Indian journal of veterinary science and animal husbandry - Volume 14,
Year: 1944
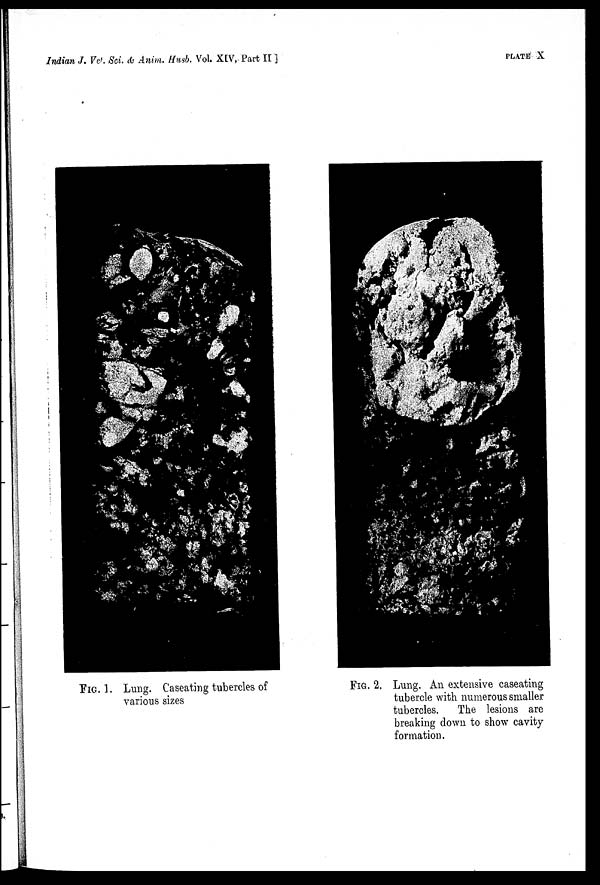
Indian J. Vet. Sci. & Anim. Husb. Vol. XIV, Part II ]
PLATE X
FIG. 1. Lung. Caseating tubercles of
various sizes
FIG. 2. Lung. An extensive caseating
tubercle with numerous smaller
tubercles.
The lesions are
breaking down to show cavity
formation.